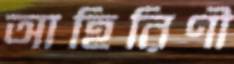
আহিরিণী